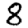
Digit: 8